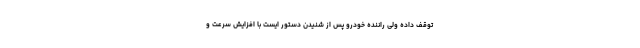
توقف داده ولی راننده خودرو پس از شنیدن دستور ایست با افزایش سرعت و